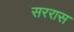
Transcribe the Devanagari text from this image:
सररास